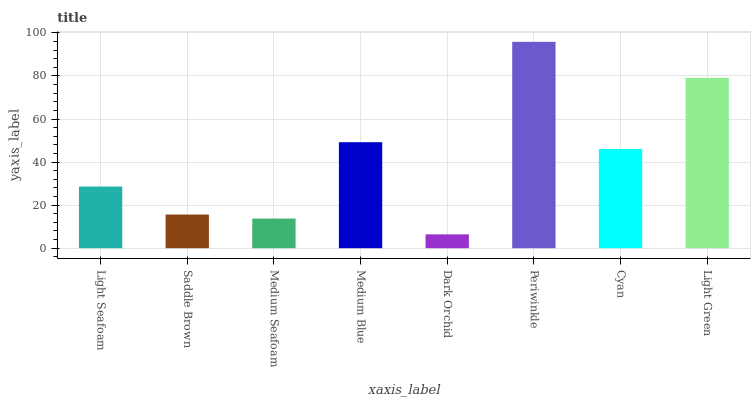
| xaxis_label | bars |
 | --- | --- |
 | Light Seafoam | 28.6 |
 | Saddle Brown | 15.6 |
 | Medium Seafoam | 13.8 |
 | Medium Blue | 49.2 |
 | Dark Orchid | 6.43 |
 | Periwinkle | 95.9 |
 | Cyan | 46.1 |
 | Light Green | 79.1 |